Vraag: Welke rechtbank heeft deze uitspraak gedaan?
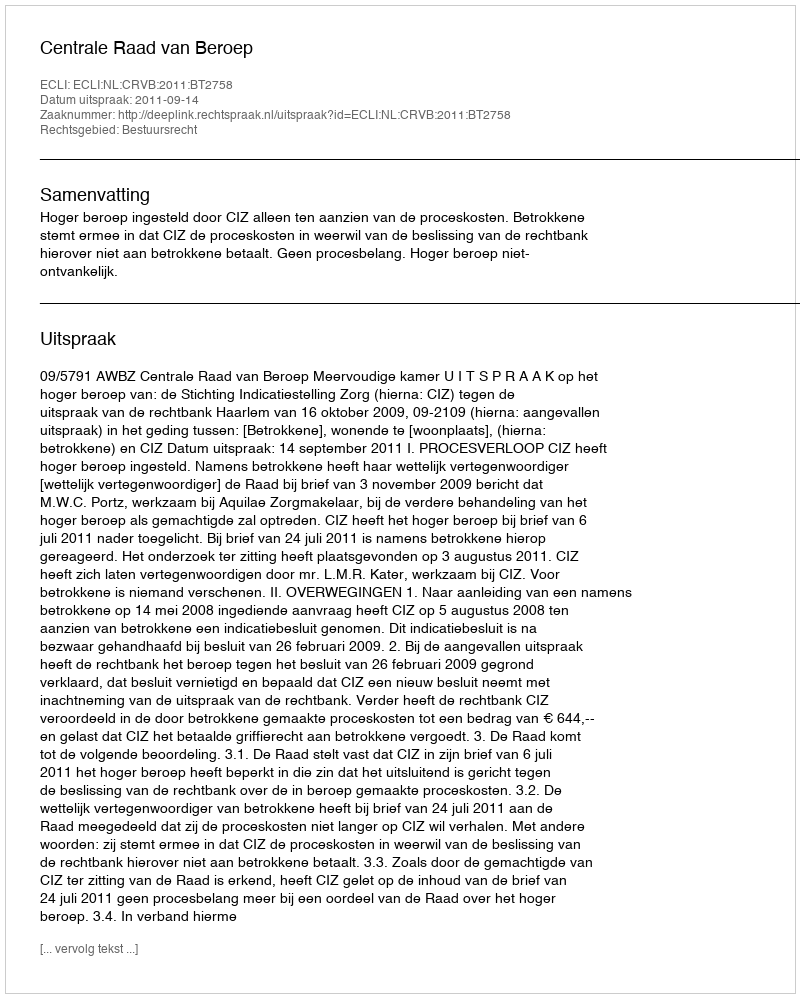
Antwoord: Centrale Raad van Beroep